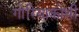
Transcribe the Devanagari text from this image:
गोरियाकोथी